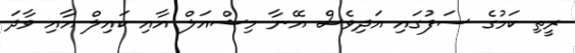
ރީތި ކަމުގެ ސަފުގައި އަދިވެސް އޭނާ މިޝްއަލް އާއި ކައިލް އާއި ވާދަ